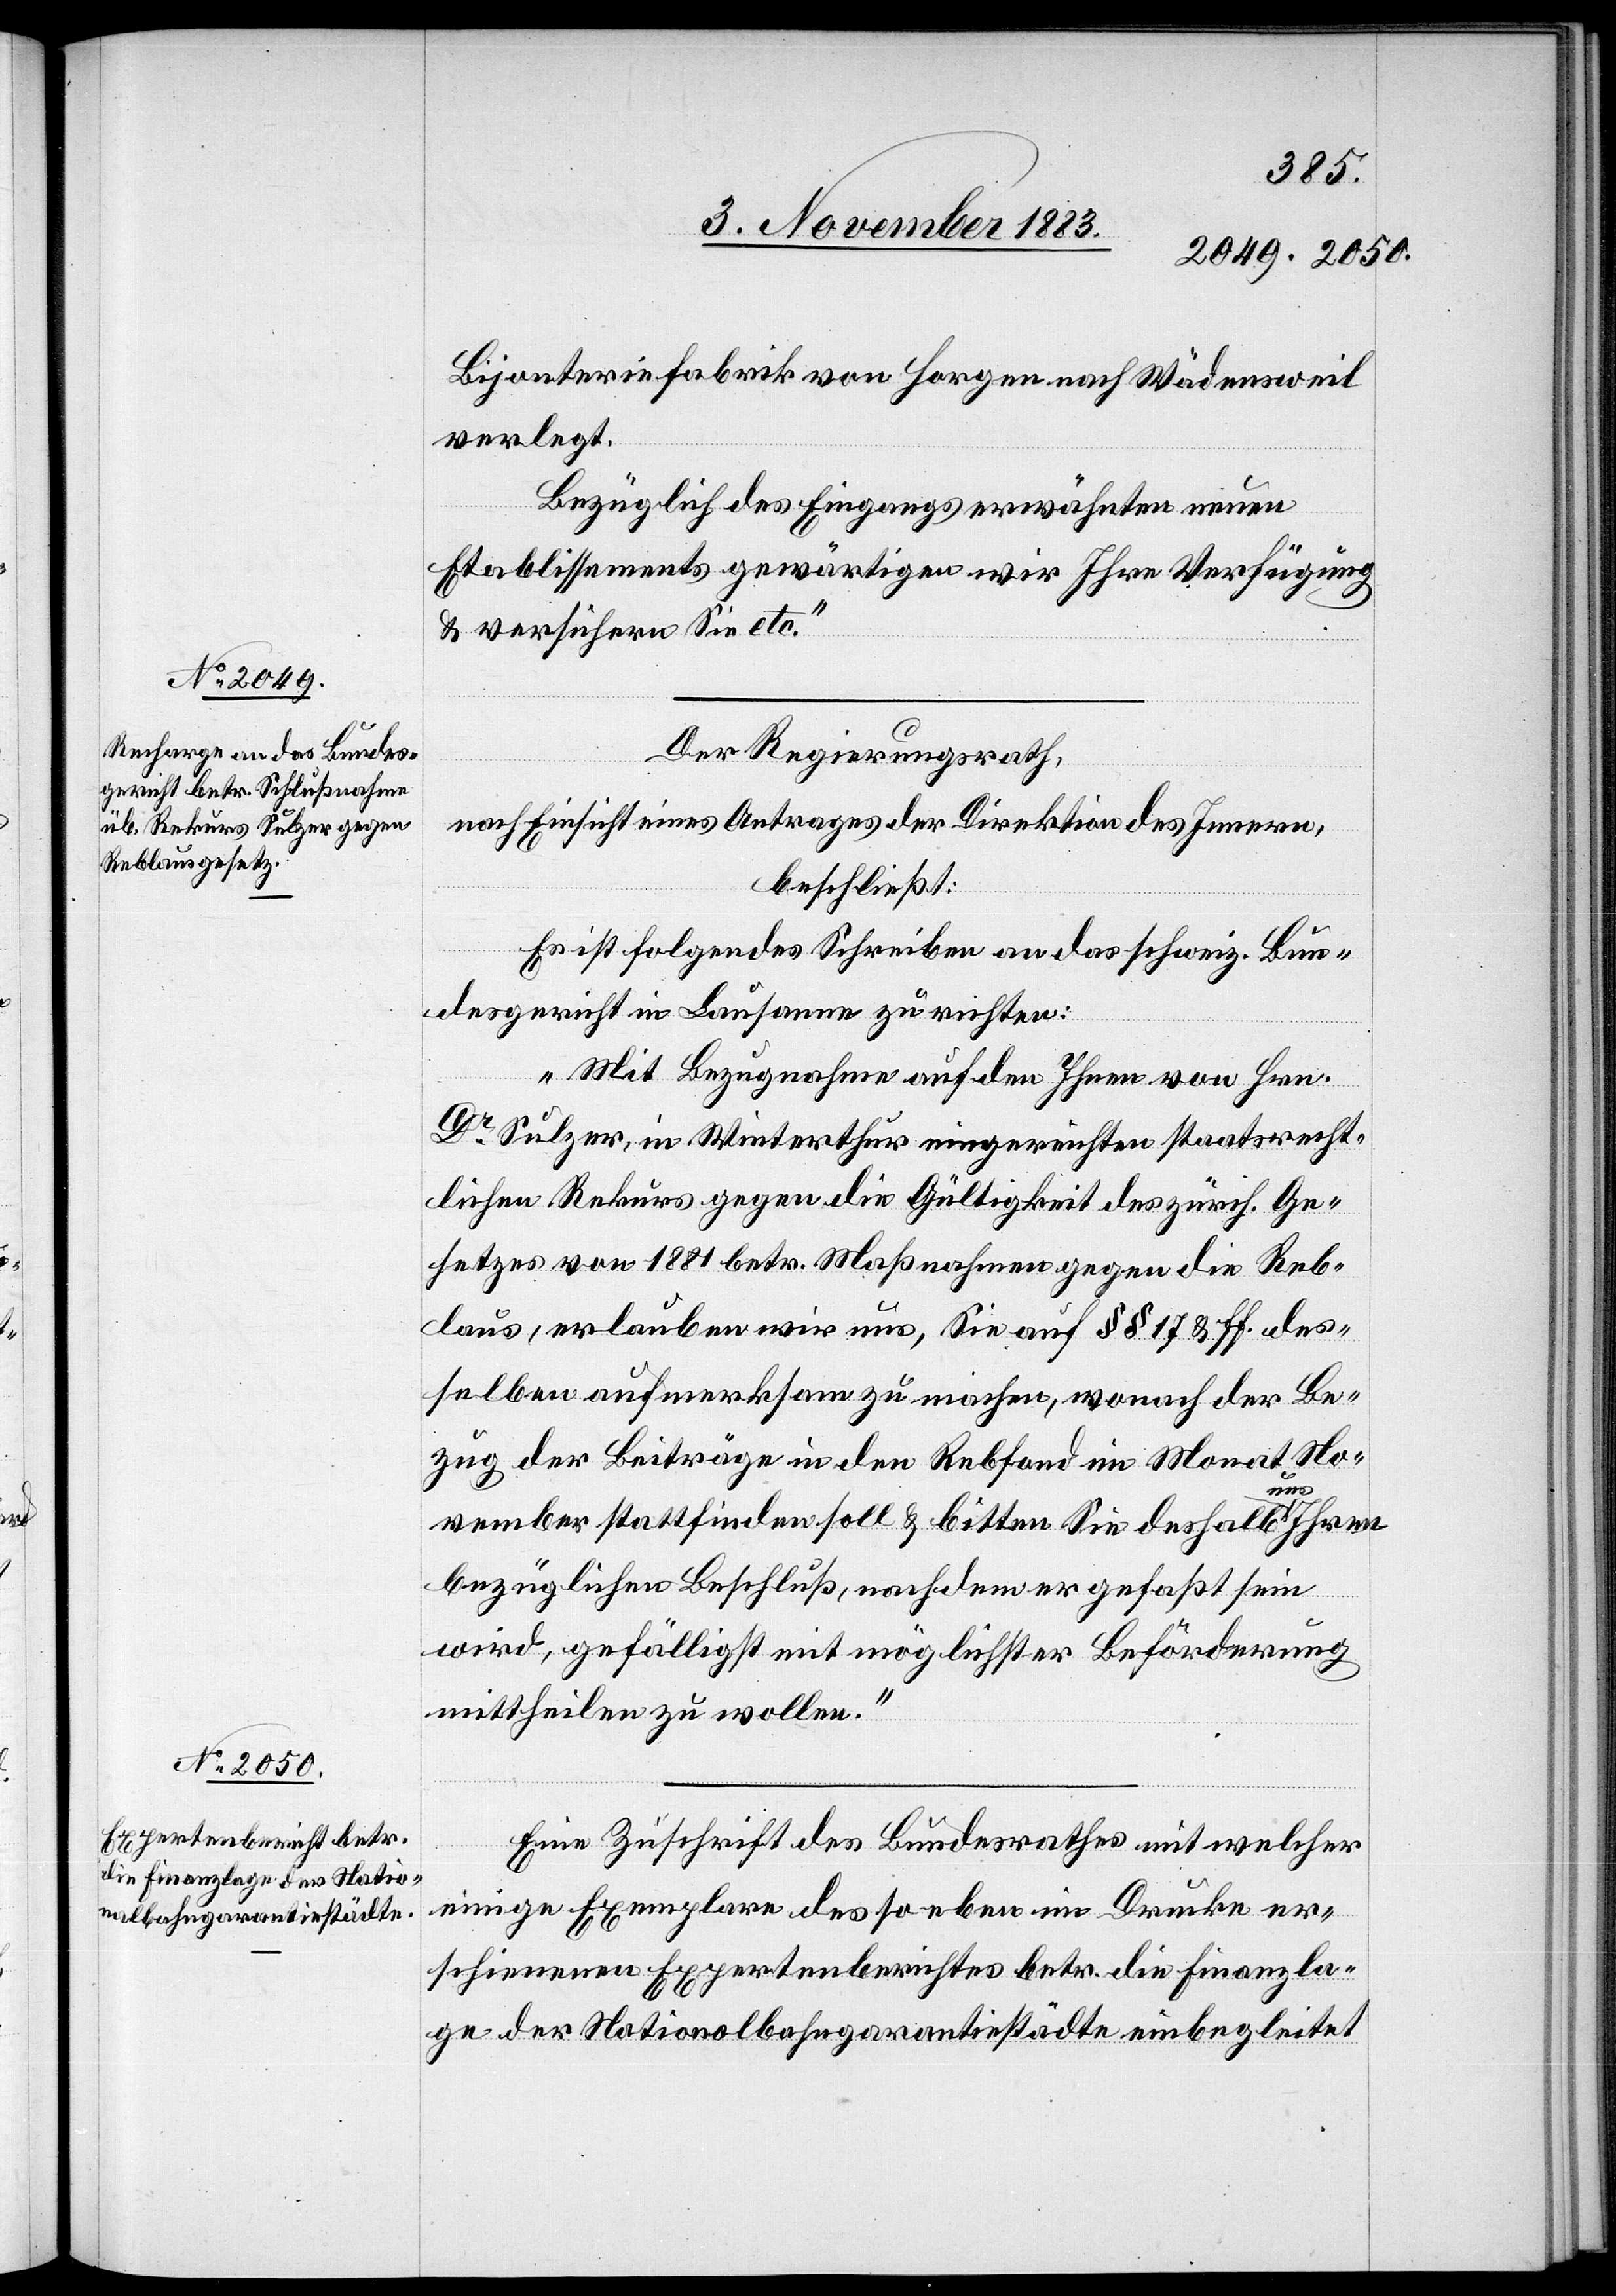
Bijouteriefabrik von Horgen nach Wädensweil
verlegt.
Bezüglich des Eingangs erwähnten neuen
Etablissements gewärtigen wir Ihre Verfügung
& versichern Sie etc.“
Der Regierungsrath,
nach Einsicht eines Antrages der Direktion des Innern,
beschließt:
Es ist folgendes Schreiben an das schweiz. Bun¬
desgericht in Lausanne zu richten:
„Mit Bezugnahme auf den Ihnen von Hrn.
Dr Sulzer, in Winterthur eingereichten staatsrecht¬
lichen Rekurs gegen die Gültigkeit des zürch. Ge¬
setzes von 1881 betr. Maßnahmen gegen die Reb¬
laus, erlauben wir uns, Sie auf §§ 17 & ff. des¬
selben aufmerksam zu machen, wonach der Be¬
zug der Beiträge in den Rebfond im Monat No¬
vember stattfinden soll & bitten Sie deshalb uns Ihren
bezüglichen Beschluß, nachdem er gefaßt sein
wird, gefälligst mit möglichster Beförderung
mittheilen zu wollen.“
Eine Zuschrift des Bundesrathes mit welcher
einige Exemplare des so eben im Drucke er¬
schienen Expertenberichtes betr. die Finanzla¬
ge Nationalbahngarantiestädte einbegleitet